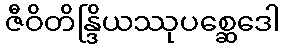
ဇီဝိတိန္ဒြိယဿုပစ္ဆေဒေါ